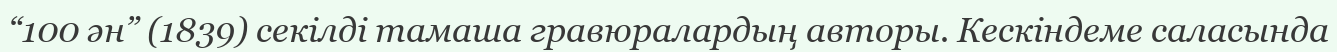
“100 ән” (1839) секілді тамаша гравюралардың авторы. Кескіндеме саласында